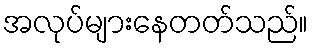
အလုပ်များနေတတ်သည်။